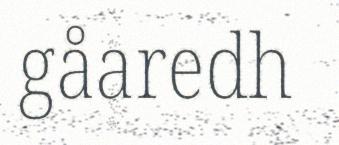
gåaredh